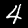
Digit: 4